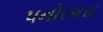
પનોરમસ